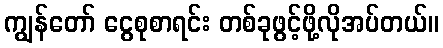
ကျွန်တော် ငွေစုစာရင်း တစ်ခုဖွင့်ဖို့လိုအပ်တယ်။